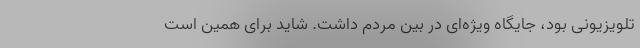
تلویزیونی بود، جایگاه ویژه‌ای در بین مردم داشت. شاید برای همین است